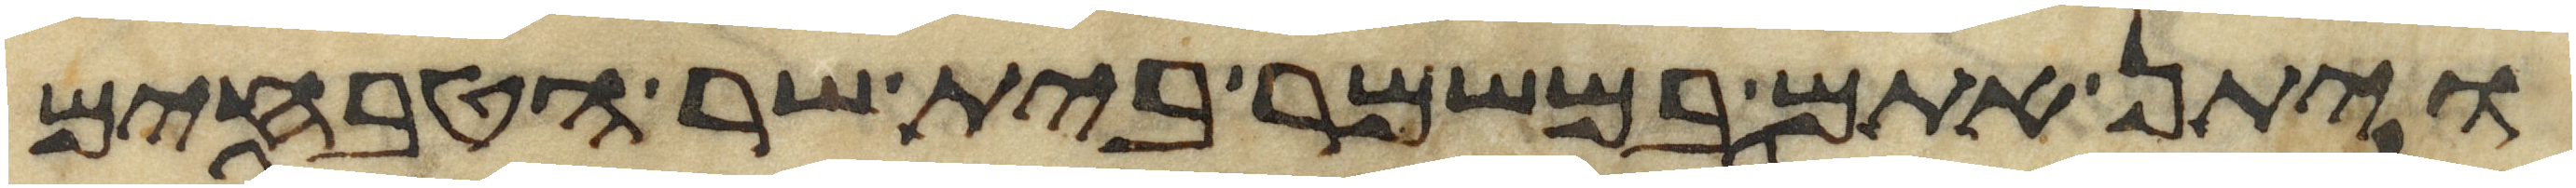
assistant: ויתן אתם במשמר בית שר הטבחים